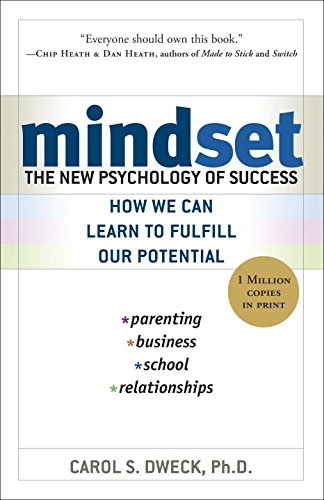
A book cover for Mindset: The New Psychology of Success; Carol Dweck; Humor & Entertainment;